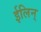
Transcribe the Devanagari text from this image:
ईलिन्